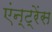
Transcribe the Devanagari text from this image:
एंन्ट्रेंस